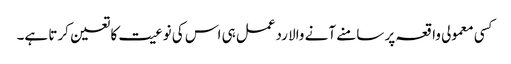
کسی معمولی واقعہ پر سامنے آنے والا ردعمل ہی اس کی نوعیت کا تعین کرتا ہے۔